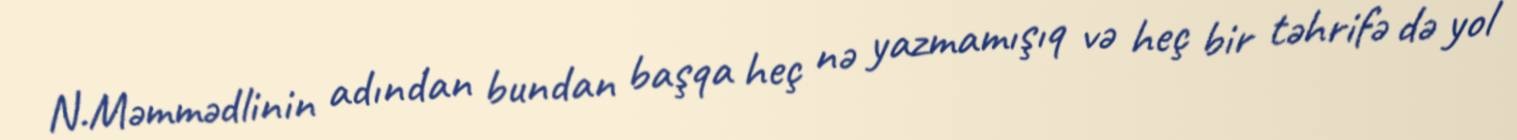
N.Məmmədlinin adından bundan başqa heç nə yazmamışıq və heç bir təhrifə də yol